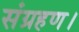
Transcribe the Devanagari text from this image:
संग्रहण।